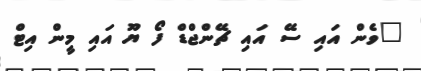
"ވެން އައި ސޭ އައި ޗޭންޖްޑް ފޯ ޔޫ އައި މީން އިޓް